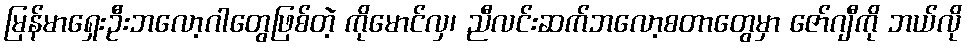
မြန်မာရှေးဦးဘလော့ဂါတွေဖြစ်တဲ့ ကိုမောင်လှ၊ ညီလင်းဆက်ဘလော့စတာတွေမှာ ဇော်ဂျီကို ဘယ်လို